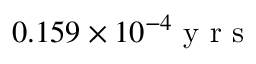
0 . 1 5 9 \times 1 0 ^ { - 4 } \mathrm { ~ y ~ r ~ s ~ }